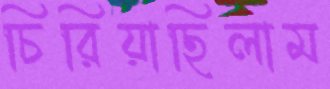
চিরিয়াছিলাম